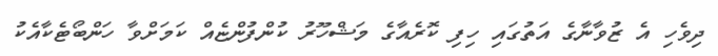
ދިވެހި އެ ޒުވާނާގެ އަތުގައި ހިފި ކޮރެއާގެ މަޝްހޫރު ކުންފުންޏެއް ކަމަށްވާ ހަންބޯޓެކާއެކު